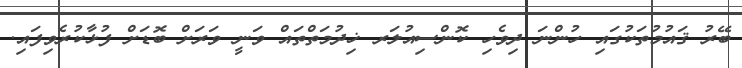
ބޭރު ޤައުމުތަކުގައި ހުންނަ ދިވެހި ކޮންސިއުލަރ ޚިދުމަތްތައް ވަނީ ވަރަށް ބޮޑަށް ފުޅާކުރެވިފައި.